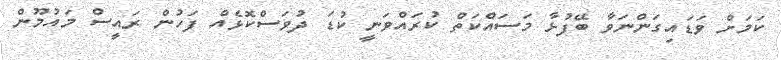
ކަމަށް ވަޑައިގަންނަވާ ބޭފުޅާ މަސައްކަތް ކުރައްވަނީ ކުޑަ ދުވަސްކޮޅެއް ފަހުން ރައީސް މައުމޫން